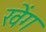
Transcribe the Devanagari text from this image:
खेंग